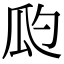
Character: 瓝